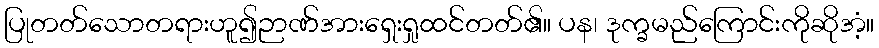
ပြုတတ်သောတရားဟူ၍ဉာဏ်အားရှေးရှုထင်တတ်၏။ ပန၊ ဒုက္ခမည်ကြောင်းကိုဆိုအံ့။